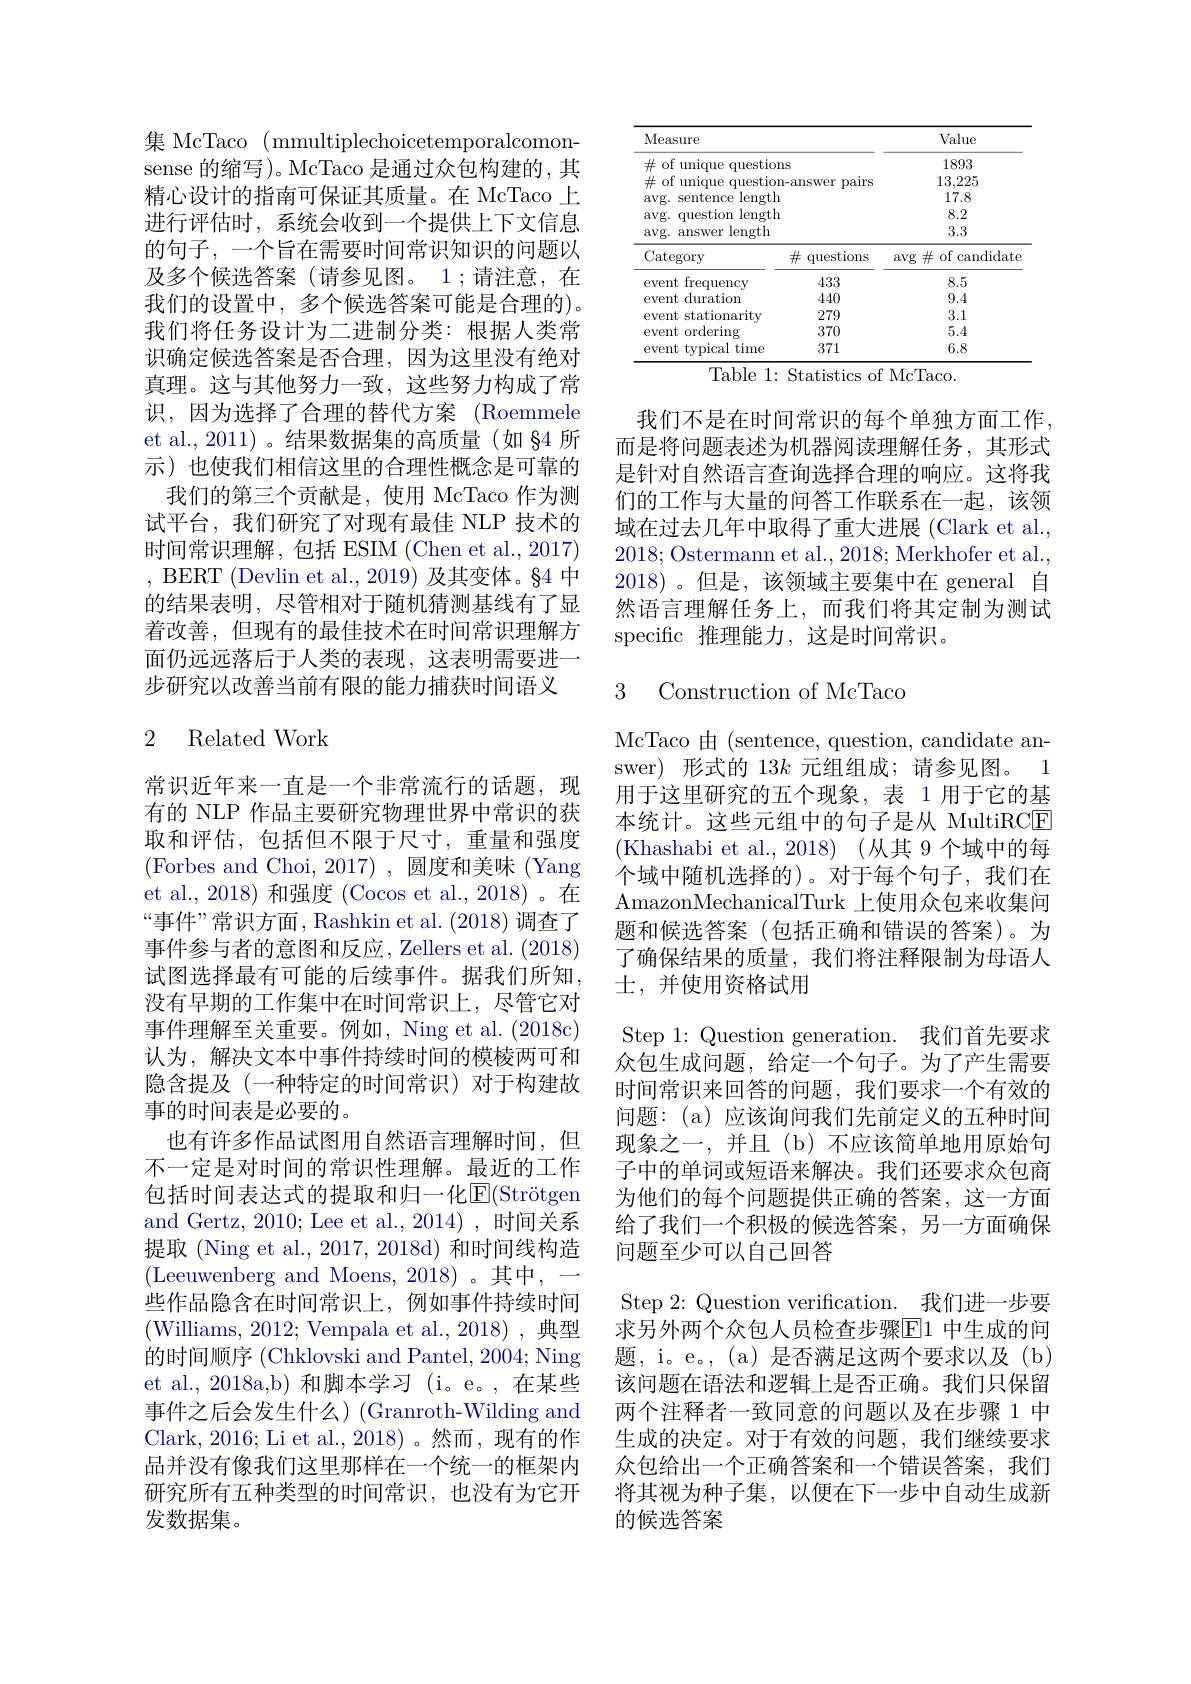
集 McTaco ( mmultiplechoicetemporalcomon- sense 的缩写)。McTaco 是通过众包构建的，其精心设计的指南可保证其质量。在 McTaco 上进行评估时，系统会收到一个提供上下文信息的句子，一个旨在需要时间常识知识的问题以及多个候选答案(请参见图。1;请注意，在我们的设置中，多个候选答案可能是合理的)。我们将任务设计为二进制分类：根据人类常识确定候选答案是否合理，因为这里没有绝对真理。这与其他努力一致，这些努力构成了常识，因为选择了合理的替代方案 (Roemmele et al., 2011)。结果数据集的高质量(如 §4 所示) 也使我们相信这里的合理性概念是可靠的我们的第三个贡献是，使用 McTaco 作为测试平台，我们研究了对现有最佳 NLP 技术的时间常识理解，包括 ESIM (Chen et al.,2017) , BERT (Devlin et al., 2019) 及其变体。§4 中的结果表明，尽管相对于随机猜测基线有了显着改善，但现有的最佳技术在时间常识理解方面仍远远落后于人类的表现，这表明需要进一步研究以改善当前有限的能力捕获时间语义

### 2 Related Work

常识近年来一直是一个非常流行的话题，现有的 NLP 作品主要研究物理世界中常识的获取和评估，包括但不限于尺寸，重量和强度(Forbes and Choi,2017),圆度和美味(Yang et al., 2018) 和强度 (Cocos et al., 2018)。在“事件”常识方面，Rashkin et al. (2018)调查了事件参与者的意图和反应，Zellers et al. (2018) 试图选择最有可能的后续事件。据我们所知， 没有早期的工作集中在时间常识上，尽管它对事件理解至关重要。例如，Ning et al. (2018c) 认为，解决文本中事件持续时间的模棱两可和隐含提及(一种特定的时间常识)对于构建故事的时间表是必要的。
也有许多作品试图用自然语言理解时间，但不一定是对时间的常识性理解。最近的工作包括时间表达式的提取和归一化$\overline {E}$( Str$\ddot{o}$tgen and Gertz, 2010; Lee et al., 2014) , 时间关系提取 (Ning et al., 2017, 2018d) 和时间线构造(Leeuwenberg and Moens, 2018)。其中，一些作品隐含在时间常识上，例如事件持续时间(Williams, 2012; Vempala et al., 2018) , 典型的时间顺序 (Chklovski and Pantel, 2004; Ning et al., 2018a,b) 和脚本学习 (i。e。,在某些事件之后会发生什么)(Granroth-Wilding and Clark,2016; Li et al.,2018)。然而，现有的作品并没有像我们这里那样在一个统一的框架内研究所有五种类型的时间常识，也没有为它开发数据集。

<table>
	<tbody>
		<tr>
			<th>Measure</th>
			<th> </th>
			<th>Value</th>
		</tr>
		<tr>
			<td>$\#$ of unique question</td>
			<td>ns</td>
			<td>1893</td>
		</tr>
		<tr>
			<td>$\#$ of unique questior</td>
			<td>pairs n-answer</td>
			<td>13,225</td>
		</tr>
		<tr>
			<td>avg. s sentence ${\mathrm{e~length}}$</td>
			<td>1</td>
			<td>17.8</td>
		</tr>
		<tr>
			<td>avg. question length</td>
			<td>1</td>
			<td>8.2</td>
		</tr>
		<tr>
			<td>$avg.$ answer length 1</td>
			<td> </td>
			<td>3.3</td>
		</tr>
		<tr>
			<td>Category</td>
			<td>$\#$ questions</td>
			<td>$\arg\#$of candidate</td>
		</tr>
		<tr>
			<td>frequency event $e$</td>
			<td>433</td>
			<td>8.5</td>
		</tr>
		<tr>
			<td>event duration</td>
			<td>440</td>
			<td>9.4</td>
		</tr>
		<tr>
			<td>event stationarity</td>
			<td>279</td>
			<td>3.1</td>
		</tr>
		<tr>
			<td>event ordering </td>
			<td>370</td>
			<td>5.4</td>
		</tr>
		<tr>
			<td>event t tvpical t time</td>
			<td>371</td>
			<td>6.8</td>
		</tr>
	</tbody>
</table>
${\mathrm{Table~1:~Statistics~of~McTaco.}}$

我们不是在时间常识的每个单独方面工作而是将问题表述为机器阅读理解任务，其形式是针对自然语言查询选择合理的响应。这将我们的工作与大量的问答工作联系在一起，该领域在过去几年中取得了重大进展 (Clark et al., 2018;Ostermann et al., 2018; Merkhofer et al., 2018)。但是，该领域主要集中在 general 自然语言理解任务上，而我们将其定制为测试specific 推理能力，这是时间常识。

3 Construction of McTacc

McTaco 由 (sentence, question, candidate answer)形式的$13k$元组组成；请参见图。1用于这里研究的五个现象，表 1 用于它的基本统计。这些元组中的句子是从 MultiRCE (Khashabi et al., 2018)(从其 9 个域中的每个域中随机选择的)。对于每个句子，我们在AmazonMechanicalTurk 上使用众包来收集问题和候选答案(包括正确和错误的答案)。为了确保结果的质量，我们将注释限制为母语人士，并使用资格试用
Step 1: Question generation. 我们首先要求众包生成问题，给定一个句子。为了产生需要时间常识来回答的问题，我们要求一个有效的问题：(a)应该询问我们先前定义的五种时间现象之一，并且(b)不应该简单地用原始句子中的单词或短语来解决。我们还要求众包商为他们的每个问题提供正确的答案，这一方面给了我们一个积极的候选答案，另一方面确保问题至少可以自己回答
Step 2: Question verification. 我们进一步要求另外两个众包人员检查步骤$\boxed{\mathrm{F}}1$ 中生成的问题，i。e。, (a) 是否满足这两个要求以及(b) 该问题在语法和逻辑上是否正确。我们只保留两个注释者一致同意的问题以及在步骤 1 中生成的决定。对于有效的问题，我们继续要求众包给出一个正确答案和一个错误答案，我们将其视为种子集，以便在下一步中自动生成新的候选答案